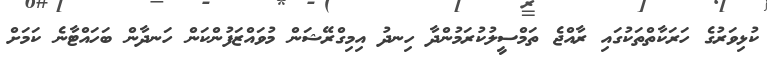
ކުޅިވަރުގެ ހަރަކާތްތަކުގައި ރާއްޖެ ތަމްސީލުކުރަމުންދާ ހިނދު އިމިގްރޭޝަން މުވައްޒަފުންކަން ހަނދާން ބަހައްޓާނެ ކަމަށް